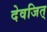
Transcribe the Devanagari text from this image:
देवजित्‌